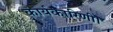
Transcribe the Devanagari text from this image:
कार्यकारिणी।